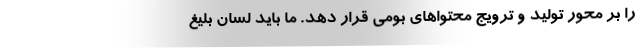
را بر محور تولید و ترویج محتواهای بومی قرار دهد. ما باید لسان بلیغ